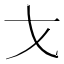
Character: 𭠍